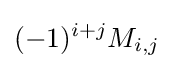
(-1)^{i+j}M_{i,j}